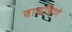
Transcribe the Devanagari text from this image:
वाचविणे